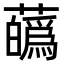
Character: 蘤